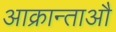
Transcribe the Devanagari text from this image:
आक्रान्ताऔ